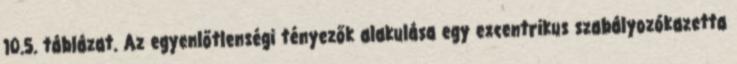
10.5. táblázat. Az egyenlőtlenségi tényezők alakulása egy excentrikus szabályozókazetta